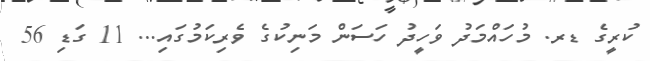
ކުރީގެ ޑރ. މުހައްމަދު ވަހީދު ހަސަން މަނިކުގެ ވެރިކަމުގައި... 11 ގަޑި 56